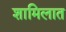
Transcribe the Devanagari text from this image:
शामिलात